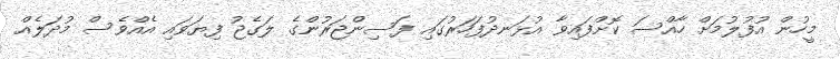
މީހުން އުފުލުމަށް ހާއްސަ ކޮށްފައިވާ އުޅަނދުފަހަރުގައި ފަސިންޖަރުންގެ ލަގެޖު ފިޔަވައި އެއްވެސް މުދަލެއް